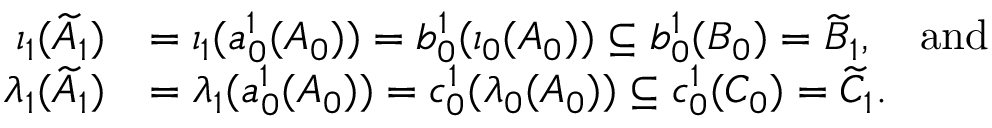
\begin{array} { r l } { \iota _ { 1 } ( \widetilde { A } _ { 1 } ) } & { = \iota _ { 1 } ( a _ { 0 } ^ { 1 } ( A _ { 0 } ) ) = b _ { 0 } ^ { 1 } ( \iota _ { 0 } ( A _ { 0 } ) ) \subseteq b _ { 0 } ^ { 1 } ( B _ { 0 } ) = \widetilde { B } _ { 1 } , \quad \mathrm { a n d } } \\ { \lambda _ { 1 } ( \widetilde { A } _ { 1 } ) } & { = \lambda _ { 1 } ( a _ { 0 } ^ { 1 } ( A _ { 0 } ) ) = c _ { 0 } ^ { 1 } ( \lambda _ { 0 } ( A _ { 0 } ) ) \subseteq c _ { 0 } ^ { 1 } ( C _ { 0 } ) = \widetilde { C } _ { 1 } . } \end{array}